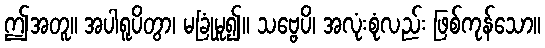
ဤအတူ။ အပါရူပိတွာ၊ မခြုံမူ၍။ သဗ္ဗေပိ၊ အလုံးစုံလည်း ဖြစ်ကုန်သော။